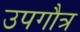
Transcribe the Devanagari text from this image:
उपगौत्र